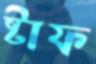
ষ্টাফ